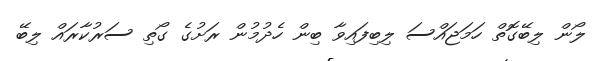
ލޯން ލިބޭގޮތް ހަމަޖައްސަ ލިބިފައިވާ ބިން ހެދުމުން ރަށުގެ ގޯތި ސަރުކާރައް ލިބޭ